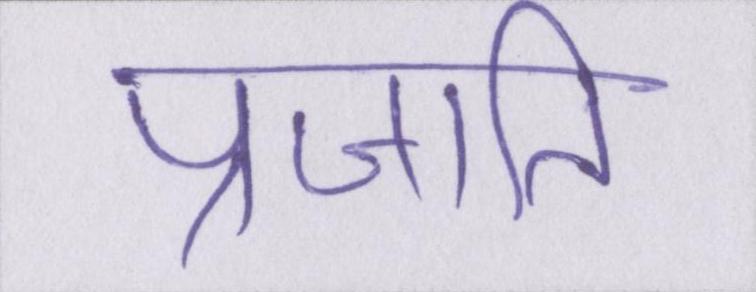
प्रजाति